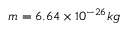
m = 6 . 6 4 \times 1 0 ^ { - 2 6 } k g